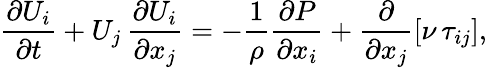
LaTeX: \frac{\partial U_{i}}{\partial t}+U_{j}\, \frac{\partial U_{i}}{\partial x_{j}}=-\frac{1}{\rho}\frac{\partial P}{\partial x_{i}}+\frac{\partial}{\partial x_{j}}\left[\nu\, \tau_{ij}\right],